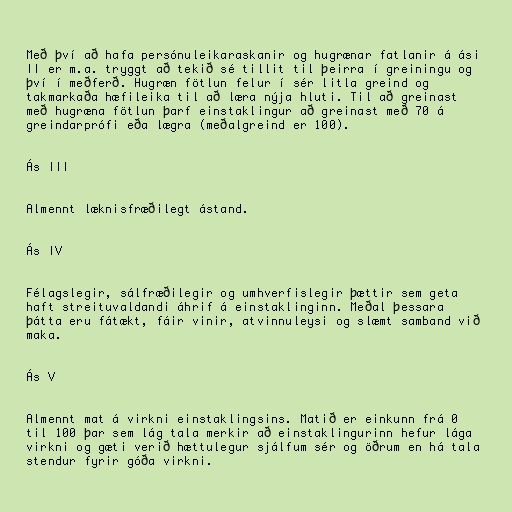
Með því að hafa persónuleikaraskanir og hugrænar fatlanir á ási
II er m.a. tryggt að tekið sé tillit til þeirra í greiningu og
því í meðferð. Hugræn fötlun felur í sér litla greind og
takmarkaða hæfileika til að læra nýja hluti. Til að greinast
með hugræna fötlun þarf einstaklingur að greinast með 70 á
greindarprófi eða lægra (meðalgreind er 100).

Ás III

Almennt læknisfræðilegt ástand.

Ás IV

Félagslegir, sálfræðilegir og umhverfislegir þættir sem geta
haft streituvaldandi áhrif á einstaklinginn. Meðal þessara
þátta eru fátækt, fáir vinir, atvinnuleysi og slæmt samband við
maka.

Ás V

Almennt mat á virkni einstaklingsins. Matið er einkunn frá 0
til 100 þar sem lág tala merkir að einstaklingurinn hefur lága
virkni og gæti verið hættulegur sjálfum sér og öðrum en há tala
stendur fyrir góða virkni.